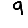
Digit: 9